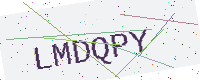
Text: LMDQPY